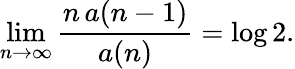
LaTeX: \operatorname*{lim}_{n\to\infty}{\frac{n\, a(n-1)}{a(n)}}=\log 2.